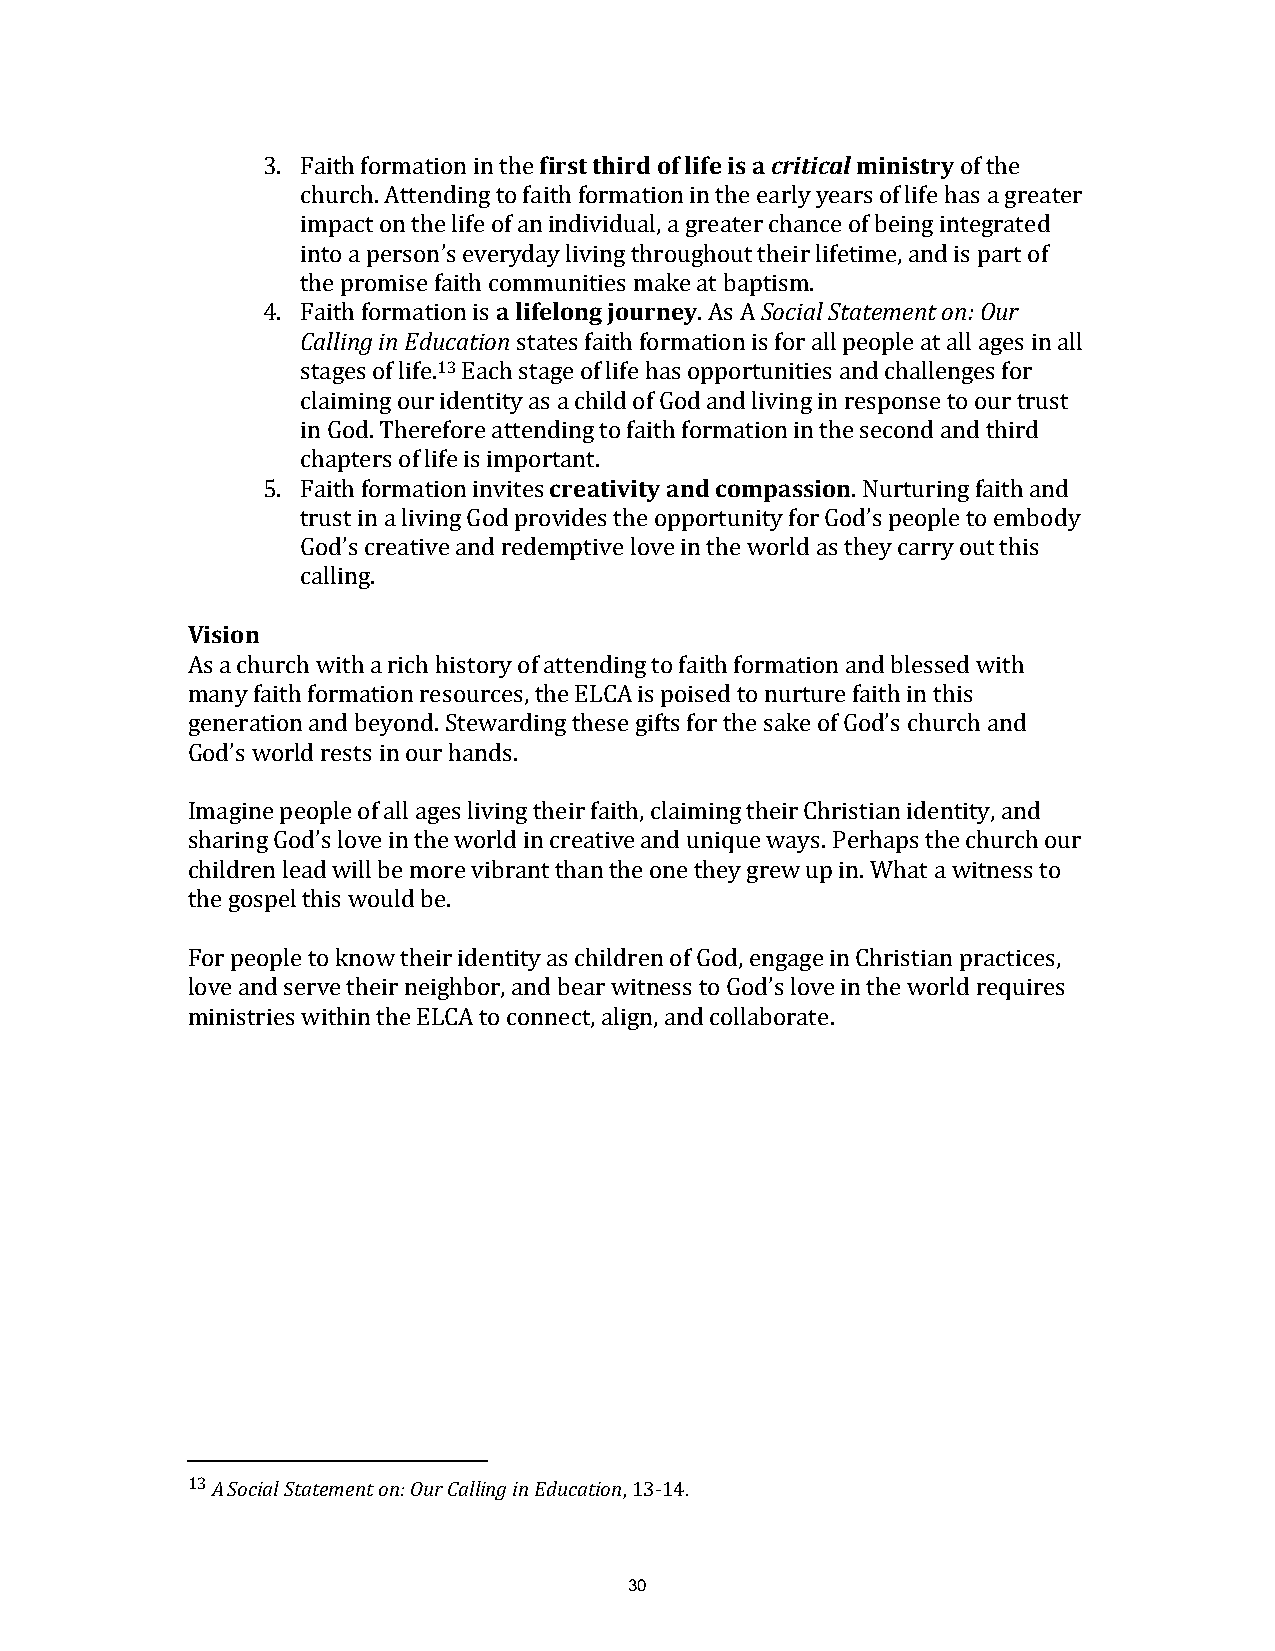
3. Faith formation in the first third of life is a critical ministry of the
 church. Attending to faith formation in the early years of life has a greater
 impact on the life of an individual, a greater chance of being integrated
 into a person’s everyday living throughout their lifetime, and is part of
 the promise faith communities make at baptism.
 4. Faith formation is a lifelong journey. As A Social Statement on: Our
 Calling in Education states faith formation is for all people at all ages in all
 stages of life.13 Each stage of life has opportunities and challenges for
 claiming our identity as a child of God and living in response to our trust
 in God. Therefore attending to faith formation in the second and third
 chapters of life is important.
 5. Faith formation invites creativity and compassion. Nurturing faith and
 trust in a living God provides the opportunity for God’s people to embody
 God’s creative and redemptive love in the world as they carry out this
 calling.
 Vision
 As a church with a rich history of attending to faith formation and blessed with
 many faith formation resources, the ELCA is poised to nurture faith in this
 generation and beyond. Stewarding these gifts for the sake of God’s church and
 God’s world rests in our hands.
 Imagine people of all ages living their faith, claiming their Christian identity, and
 sharing God’s love in the world in creative and unique ways. Perhaps the church our
 children lead will be more vibrant than the one they grew up in. What a witness to
 the gospel this would be.
 For people to know their identity as children of God, engage in Christian practices,
 love and serve their neighbor, and bear witness to God’s love in the world requires
 ministries within the ELCA to connect, align, and collaborate.
 13 A Social Statement on: Our Calling in Education, 13-14.
 30